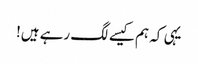
یہی کہ ہم کیسے لگ رہے ہیں!